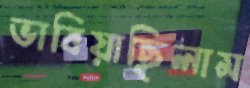
ভাবিয়াছিলাম